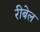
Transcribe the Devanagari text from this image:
रीबेल